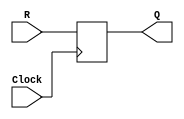
module regnW(R, Clock, Q);
	input R;
	input Clock;
	output Q;
	reg Q;
	
	//initial begin
	//	Q <=0;	
	//end
	
	always @(posedge Clock)
			Q <= R;
			
endmodule